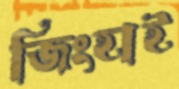
জিংহাই